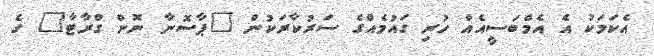
އެކަމަކު އެ އެމްބަސީއެއް ހުރި ގައުމެއްގެ ސަރުކާރަކުން "ޕާސޮނާ ނޮން ގްރާޓާ" ގެ